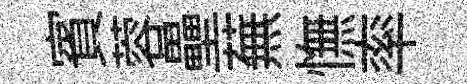
賓蓉壘蕪憮率